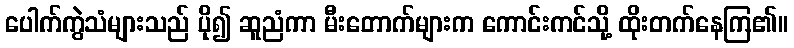
ပေါက်ကွဲသံများသည် ပို၍ ဆူညံကာ မီးတောက်များက ကောင်းကင်သို့ ထိုးတက်နေကြ၏။